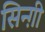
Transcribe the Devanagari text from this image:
सिन्ग़ी